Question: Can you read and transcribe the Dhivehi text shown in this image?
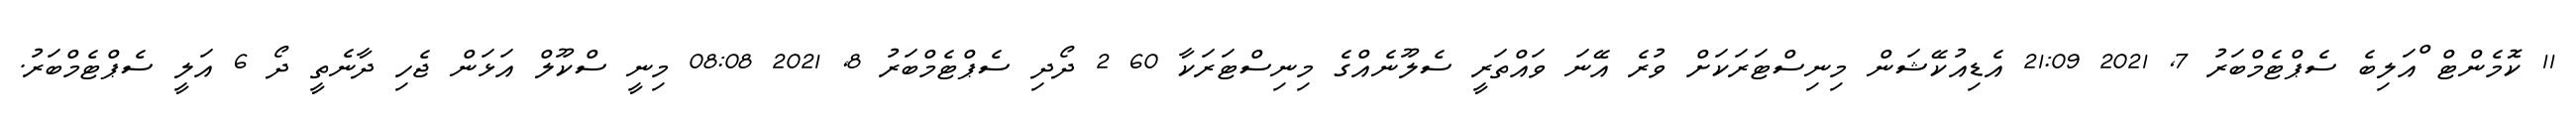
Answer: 11 ކޮމެންޓް ްއަލިބެ ސެޕްޓެމްބަރު 7, 2021 21:09 އެޑިއުކޭޝަން މިނިސްޓަރަކަށް ވުރެ އޭނަ ވައްތަރީ ސެލޫނެއްގެ މިނިސްޓަރަކާ 60 2 ދޯދި ސެޕްޓެމްބަރު 8, 2021 08:08 މިނީ ސްކޫލް އަޅަން ޖެހި ދާނެތީ ދޯ 6 އަލީ ސެޕްޓެމްބަރު.